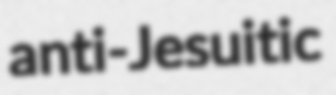
anti-Jesuitic